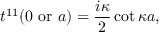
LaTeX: t ^ { 1 1 } ( 0 \mathrm { ~ o r ~ } a ) = { \frac { i \kappa } { 2 } } \cot \kappa a ,